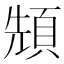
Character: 𩒙